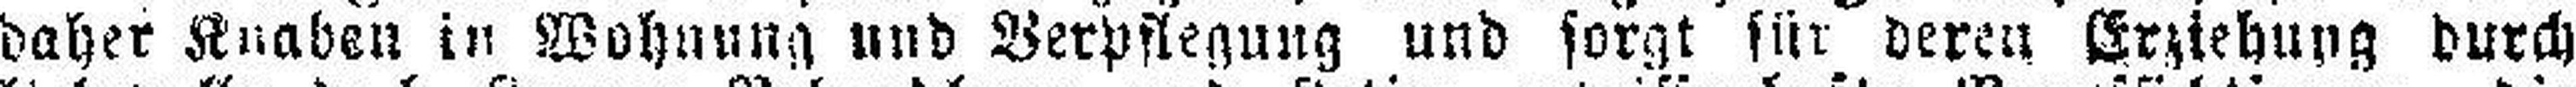
daher Knaben in Wohnung und Verpflegung und sorgt für deren Erziehung durch